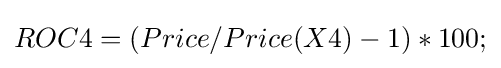
ROC4=(Price/Price(X4)-1)*100;